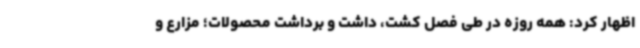
اظهار کرد: همه روزه در طی فصل کشت، داشت و برداشت محصولات؛ مزارع و